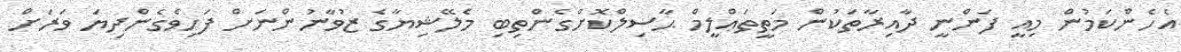
އެހެންކަމުން މިއީ ފަންނީ ދާއިރާތަކުން މަތީތަޢްލީމް ޙާސިލްކޮށްގެންތިބި މެލޭޝިޔާގެ ޒުވާނުންނަށް ފަހިވެގެންދިޔަ ވަރަށް